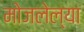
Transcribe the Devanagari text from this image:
मोजलेल्या